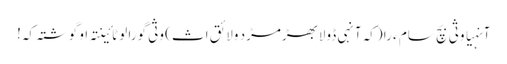
آنہیا وثی بچ سام ءَ را (کہ آنہی ڈولابھڑمڑد ولائق اث) وثی گورا لوٹائینتہ او گوشتہ کہ!